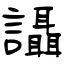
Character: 讘